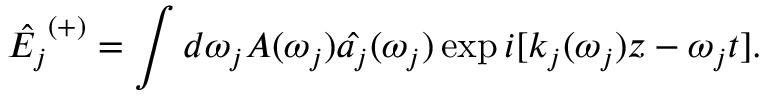
\hat { E _ { j } } ^ { ( + ) } = \int d \omega _ { j } A ( \omega _ { j } ) \hat { a _ { j } } ( \omega _ { j } ) \exp i [ k _ { j } ( \omega _ { j } ) z - \omega _ { j } t ] .